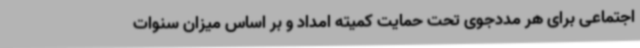
اجتماعی برای هر مددجوی تحت حمایت کمیته امداد و بر اساس میزان سنوات